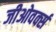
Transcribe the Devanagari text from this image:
जीओवर्क्स